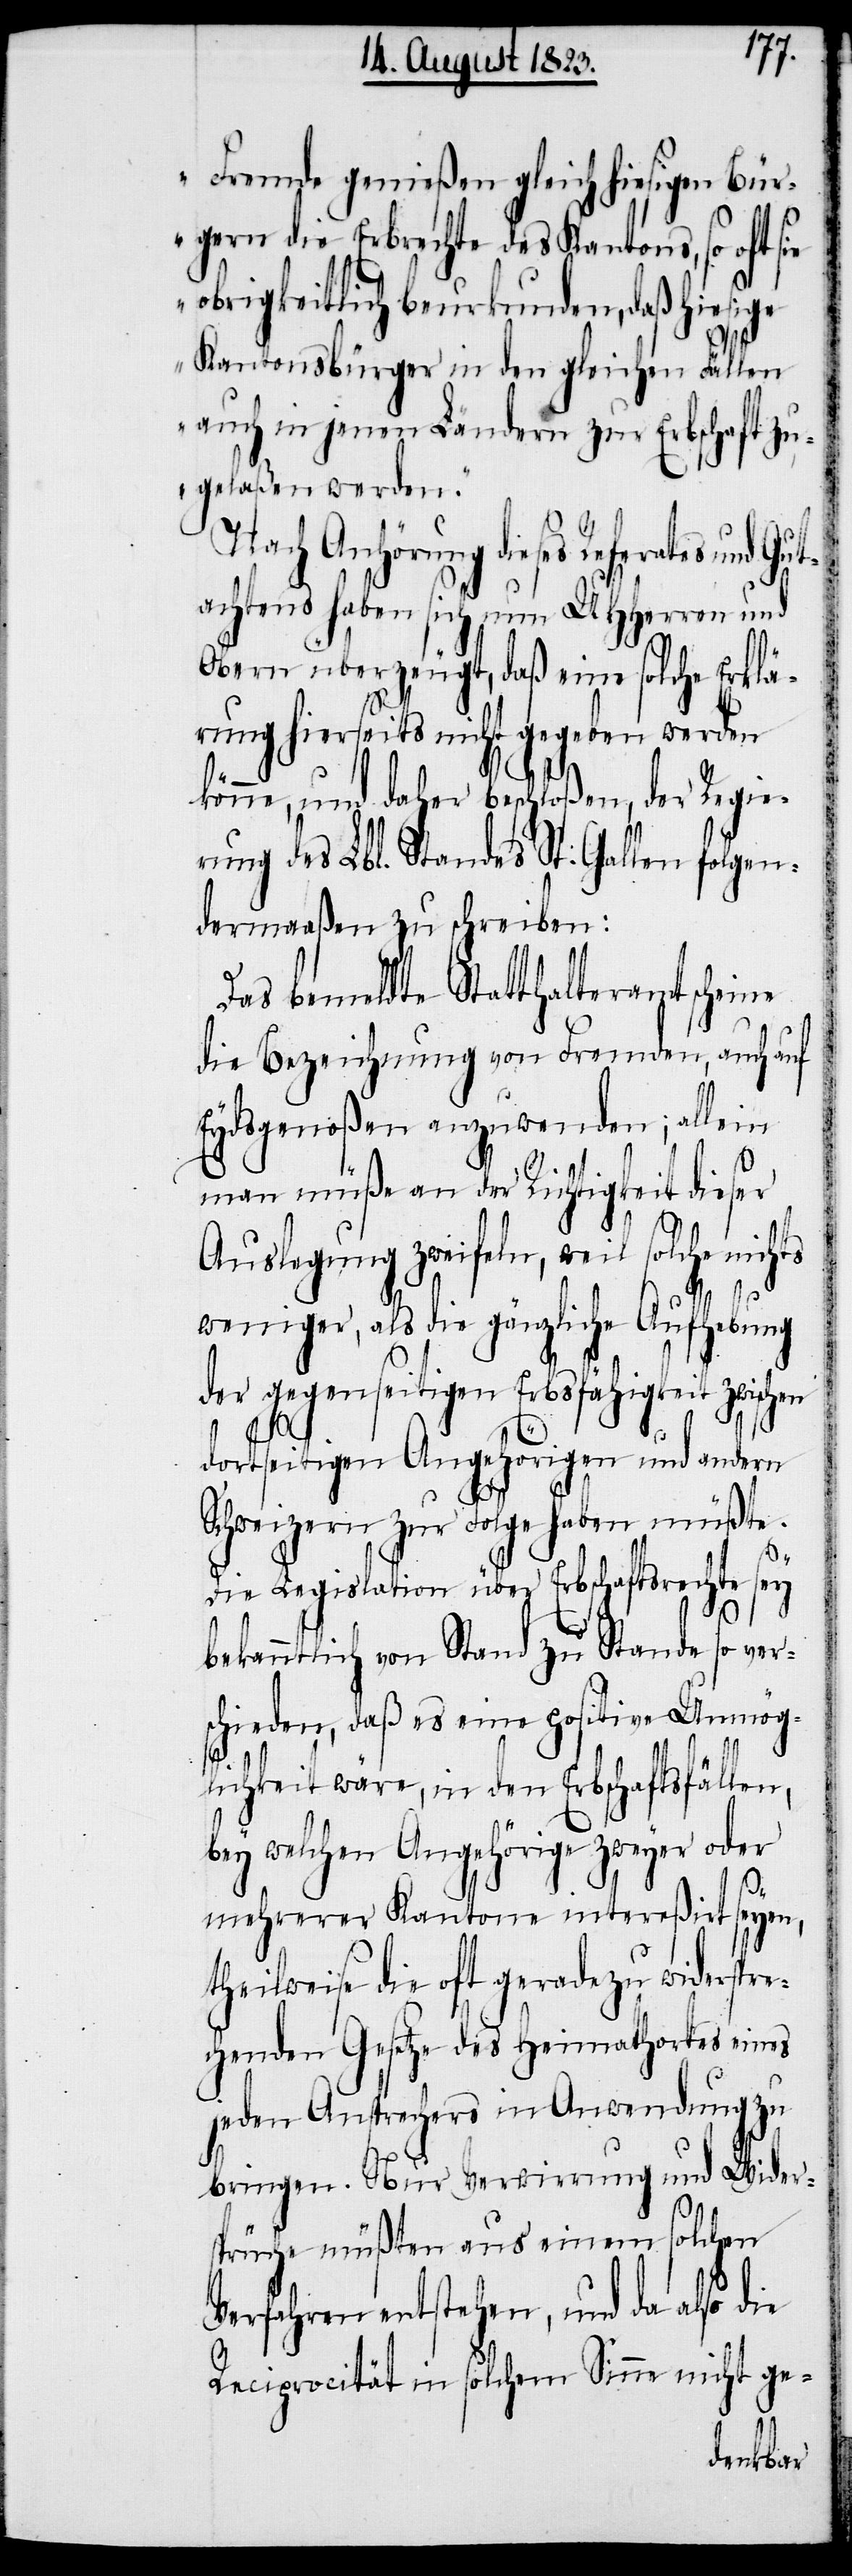
„Fremde genießen gleich hiesigen Bür¬
gern die Erbrechte des Kantons, so oft sie
obrigkeitlich beurkunden, daß hiesige
Kantonsbürger in den gleichen Fällen
auch in jenen Ländern zur Erbschaft zu¬
gelaßen werden.“
Nach Anhörung dieses Referates und
achtens haben sich nun UHHerren und
Obern überzeugt, daß eine solche Erklä¬
rung hierseits nicht gegeben werden
könne, und daher beschloßen, der Regie¬
rung des Lbl. Standes St. Gallen folgen¬
dermaaßen zu schreiben:
Das bemeldte Statthalteramt scheine
die Bezeichnung von Fremden, auch auf
Eydsgenoßen anzuwenden; allein
man müße an der Richtigkeit dieser
Auslegung zweifeln, weil solche nichts
weniger, als die gänzliche Aufhebung
der gegenseitigen Erbsfähigkeit
dortseitigen Angehörigen und andern
Gut¬
Schweizern zur Folge haben müßte.
Die Legislation über Erbschaftsrechte sey
bekanntlich von Stand zu Stande so ver¬
schieden, daß es eine positive Unmög¬
lichkeit wäre, in den Erbschaftsfällen,
bey welchen Angehörige zweyer oder
mehrerer Kantone intereßirt seyen,
theilweise die oft geradezu widerspre¬
chenden Gesetze des Heimathortes eines
jeden Ansprechers in Anwendung zu
bringen. Nur Verwirrung und Widers¬
prüche müßten aus einem solchen
Verfahren entstehen, und da also die
Reciprocität in solchem Sinne nicht ge-